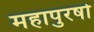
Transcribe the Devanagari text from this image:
महापुरषो